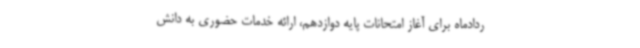
ردادماه برای آغاز امتحانات پایه دوازدهم، ارائه خدمات حضوری به دانش